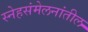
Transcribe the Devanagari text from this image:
स्नेहसंमेलनांतील